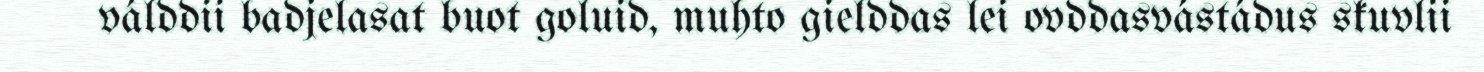
válddii badjelasat buot goluid, muhto gielddas lei ovddasvástádus skuvlii